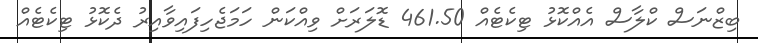
ބިޒްނަސް ކްލާސް އެއްކޮޅު ޓިކެޓެއް 461.50 ޑޮލަރަށް ވިއްކަން ހަމަޖެހިފައިވާއިރު ދެކޮޅު ޓިކެޓެއް